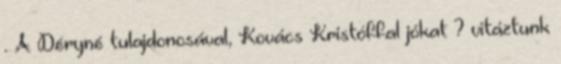
. A Déryné tulajdonosával, Kovács Kristóffal jókat ? vitáztunk